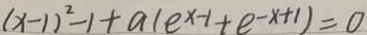
( x - 1 ) ^ { 2 } - 1 + a ( e ^ { x - 1 } + e ^ { - x + 1 } ) = 0